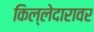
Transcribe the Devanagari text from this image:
किल्लेदारावर